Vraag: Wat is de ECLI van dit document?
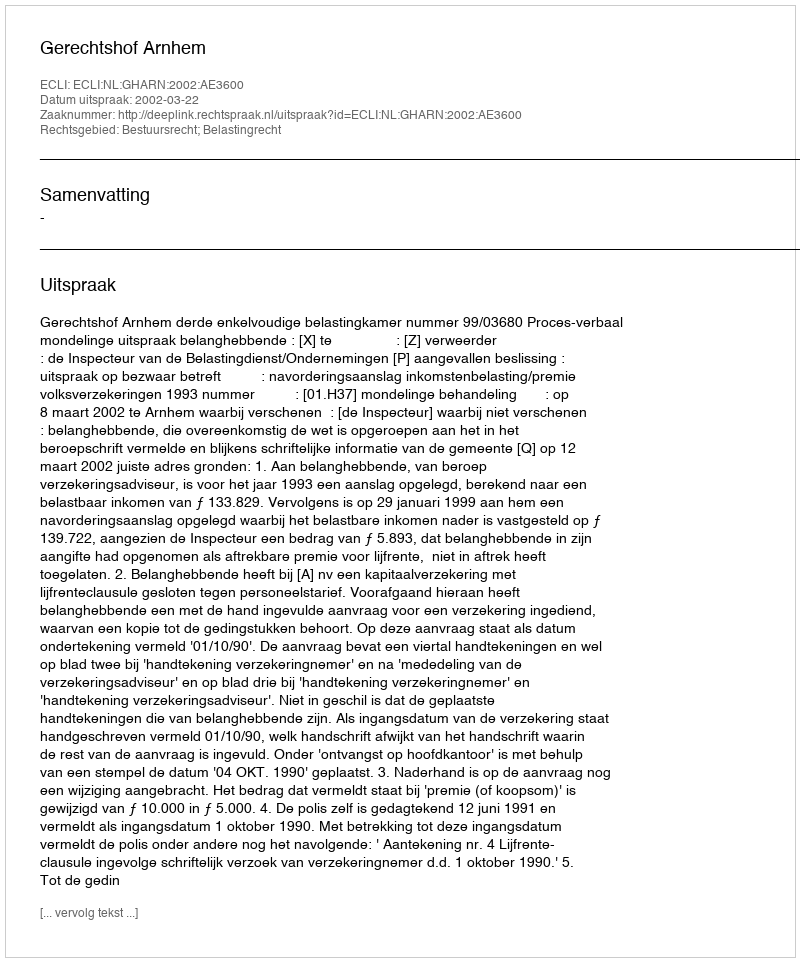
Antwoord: ECLI:NL:GHARN:2002:AE3600